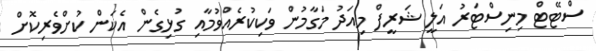
ސްޓޭޓް މިނިސްޓަރު އަލީ ޝަރީފް މިއަދު މަގާމުން ވަކިކުރެއްވުމާއި ގުޅިގެން އެކަން ކުށްވެރިކޮށް